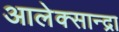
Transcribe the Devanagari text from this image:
आलेक्सान्द्रा